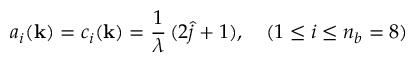
a _ { i } ( { \bf k } ) = c _ { i } ( { \bf k } ) = \frac { 1 } { \lambda } \, ( 2 \hat { j } + 1 ) , \quad ( 1 \leq i \leq n _ { b } = 8 )